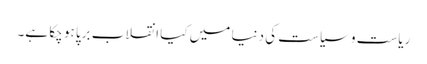
ریاست و سیاست کی دنیا میں کیا انقلاب برپا ہو چکا ہے۔